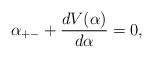
LaTeX: \begin{align*}\alpha_{+-}+\frac{dV(\alpha)}{d\alpha}=0,\end{align*}